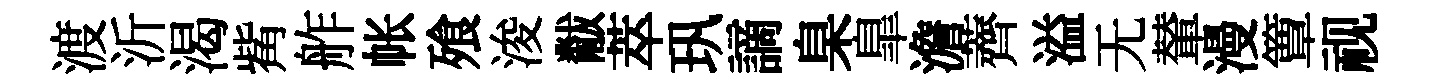
渡沂渴觜舴帐飱浚黻萃㺬謫臬臯澹薺溢无輦漫簟视